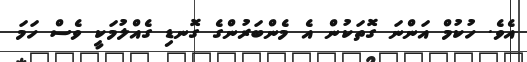
އެވެ. ހުކުމް އަންނަ ގޮތަކުން އެ މެންބަރުންގެ ގޮނޑި ގެއްލުމަކީ ވެސް ހަމަ